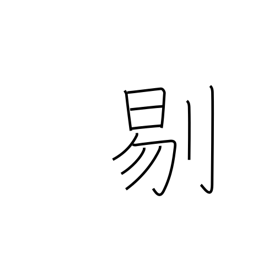
Meaning: cutting